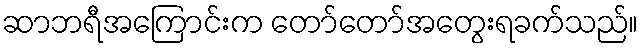
ဆာဘရီအကြောင်းက တော်တော်အတွေးရခက်သည်။